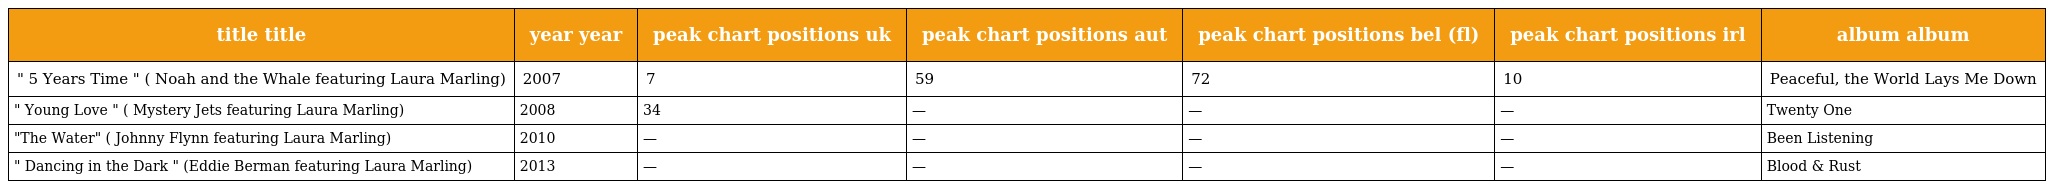
| title title | year year | peak chart positions uk | peak chart positions aut | peak chart positions bel (fl) | peak chart positions irl | album album |
 | --- | --- | --- | --- | --- | --- | --- |
 | " 5 Years Time " ( Noah and the Whale featuring Laura Marling) | 2007 | 7 | 59 | 72 | 10 | Peaceful, the World Lays Me Down |
 | " Young Love " ( Mystery Jets featuring Laura Marling) | 2008 | 34 | — | — | — | Twenty One |
 | "The Water" ( Johnny Flynn featuring Laura Marling) | 2010 | — | — | — | — | Been Listening |
 | " Dancing in the Dark " (Eddie Berman featuring Laura Marling) | 2013 | — | — | — | — | Blood & Rust |